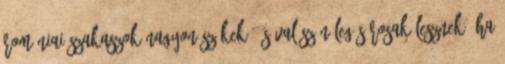
romániai szakaszok nagyon szűkek, és valószínűleg sárosak lesznek. Ha